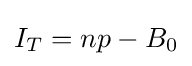
I_{T}=np-B_{0}